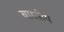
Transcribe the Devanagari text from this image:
बारतीय